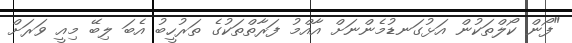
"ފޯން ކޯލްތަކުން އަޅުގަނޑުމެންނަށް އާއްމު ފަރާތްތަކުގެ ތަރުހީބު އެބަ ލިބޭ މިއީ ވަރަށް